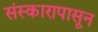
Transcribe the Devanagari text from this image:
संस्कारापासून